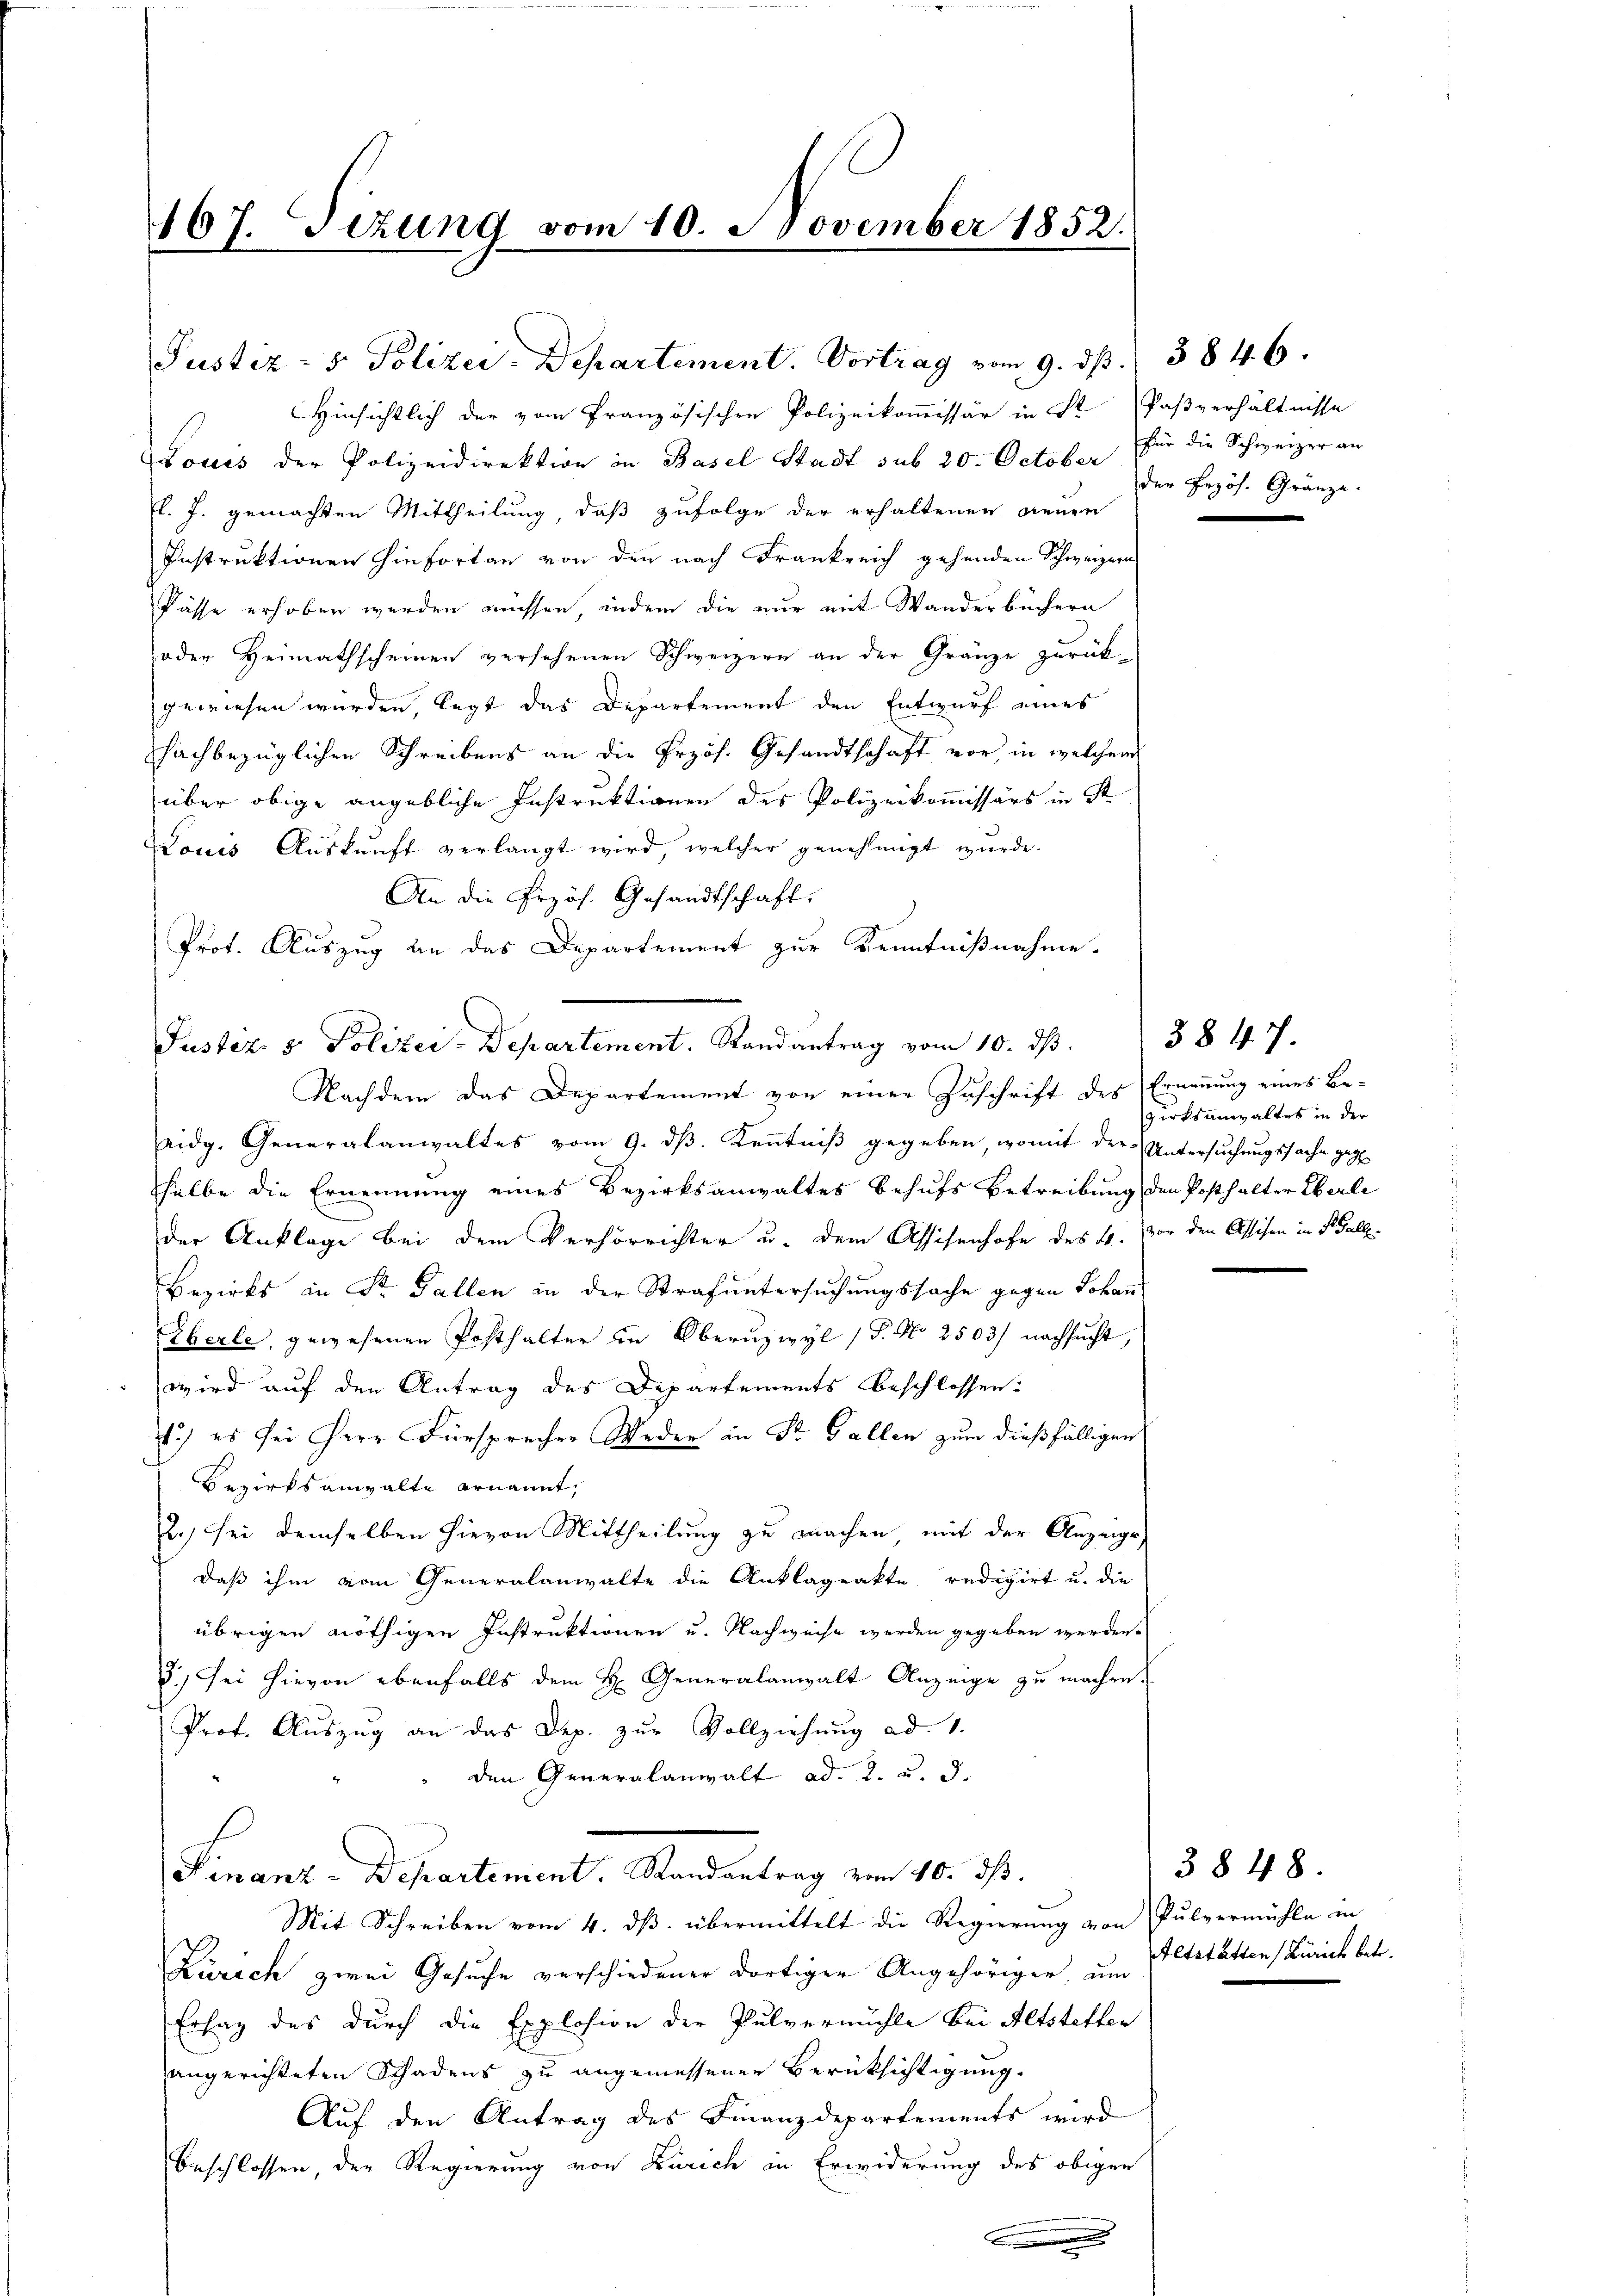
167. Sizung vom 10. November 1852.

Justiz- & Polizei-Departement. Vortrag vom 9. ds. 384. 6.

Hinsichtlich der vom Französischen Polizeikommissär in St. Paßverhältnisse
Louis der Polizeidirektion in Basel Stadt sub 20. October
fl. J. gemachten Mittheilung, daß zufolge der erhaltenen denen
Instruktionen hinfortan von den nach Frankreich gehenden Schweizern
Pässe erhoben werden müssen, indem die nur mit Wanderbüchern
oder Heimathscheinen versehenen Schweizern an der Gränze zurück-
gewiesen wurden, legt das Departement den Entwurf eines
schachbezüglichen Schreibens an die Przös. Gesandtschaft vor, in welchem
über obige angebliche Instruktionen des Polizeikommissärs in St
Louis Auskunft verlangt wird, welcher genehmigt wurde.
An die Przös. Gesandtschaft:
Prot. Auszug an das Departement zur Kenntnißnahme.
eidg. Generalanwaltes vom 9. ds. Kenntniß gegeben, womit der Untersuchungssache geg
selbe die Ernennung eines Bezirksanwaltes behufs Betreibung den Posthalter Eberle
der Anklage bei dem Verhörrichter u. dem Assisenhofe des 4. vor den Assichen in Fall
Bezirks in Dr Fallen in der Strafuntersuchungssache gegen Johann
Eberle, gewesenen Posthalter in Oberuzwyl / 5. No 2503) nachsucht,
wird auf den Antrag des Departements beschlossen:
.) es sei Herr Fürsprecher Weder in St. Gallen zum dießfälligen
Bezirksanwalte ernannt,
22.) sei demselben hievon Mittheilung zu machen mit der Anzeige
daß ihm vom Generalanwalte die Anklageakte redigirt u. die
übrigen nöthigen Instruktionen u. Nachweise werden gegeben werden.
5.) Sei hievon ebenfalls dem H. Generalanwalt Anzeige zu machen.
Prof. Auszug an das Dep. zur Vollziehung ad 1.
den Generalanwalt ad. 2. u. d.
Finanz-Departement Randantrag vom 10. ds.
Mit Schreiben vom 4. ds. übermittelt die Regierung von Pulvermühle in
Zürich zwei Gesuche verschiedener dortiger Angehöriger um Altstätten (Zürich betr.
Erlag des durch die Explosion der Pulvermühle bei Altstetten
angerichteten Schadens zu angemessenen Berücksichtigung.
Auf den Antrag des Finanzdepartements wird
Beschlossen, der Regierung von Zürich in Erwiderung des obigen

Justiz & Polizei-Departement. Randantrag vom 10. ds.
Nachdem das Departement von einer Zuschrift des Ernennung eines Be¬

e

für die Schweizer an
der Erzös. Gränze.

zirksanwaltes in der

§847.

3848.